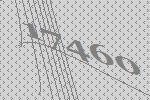
17460